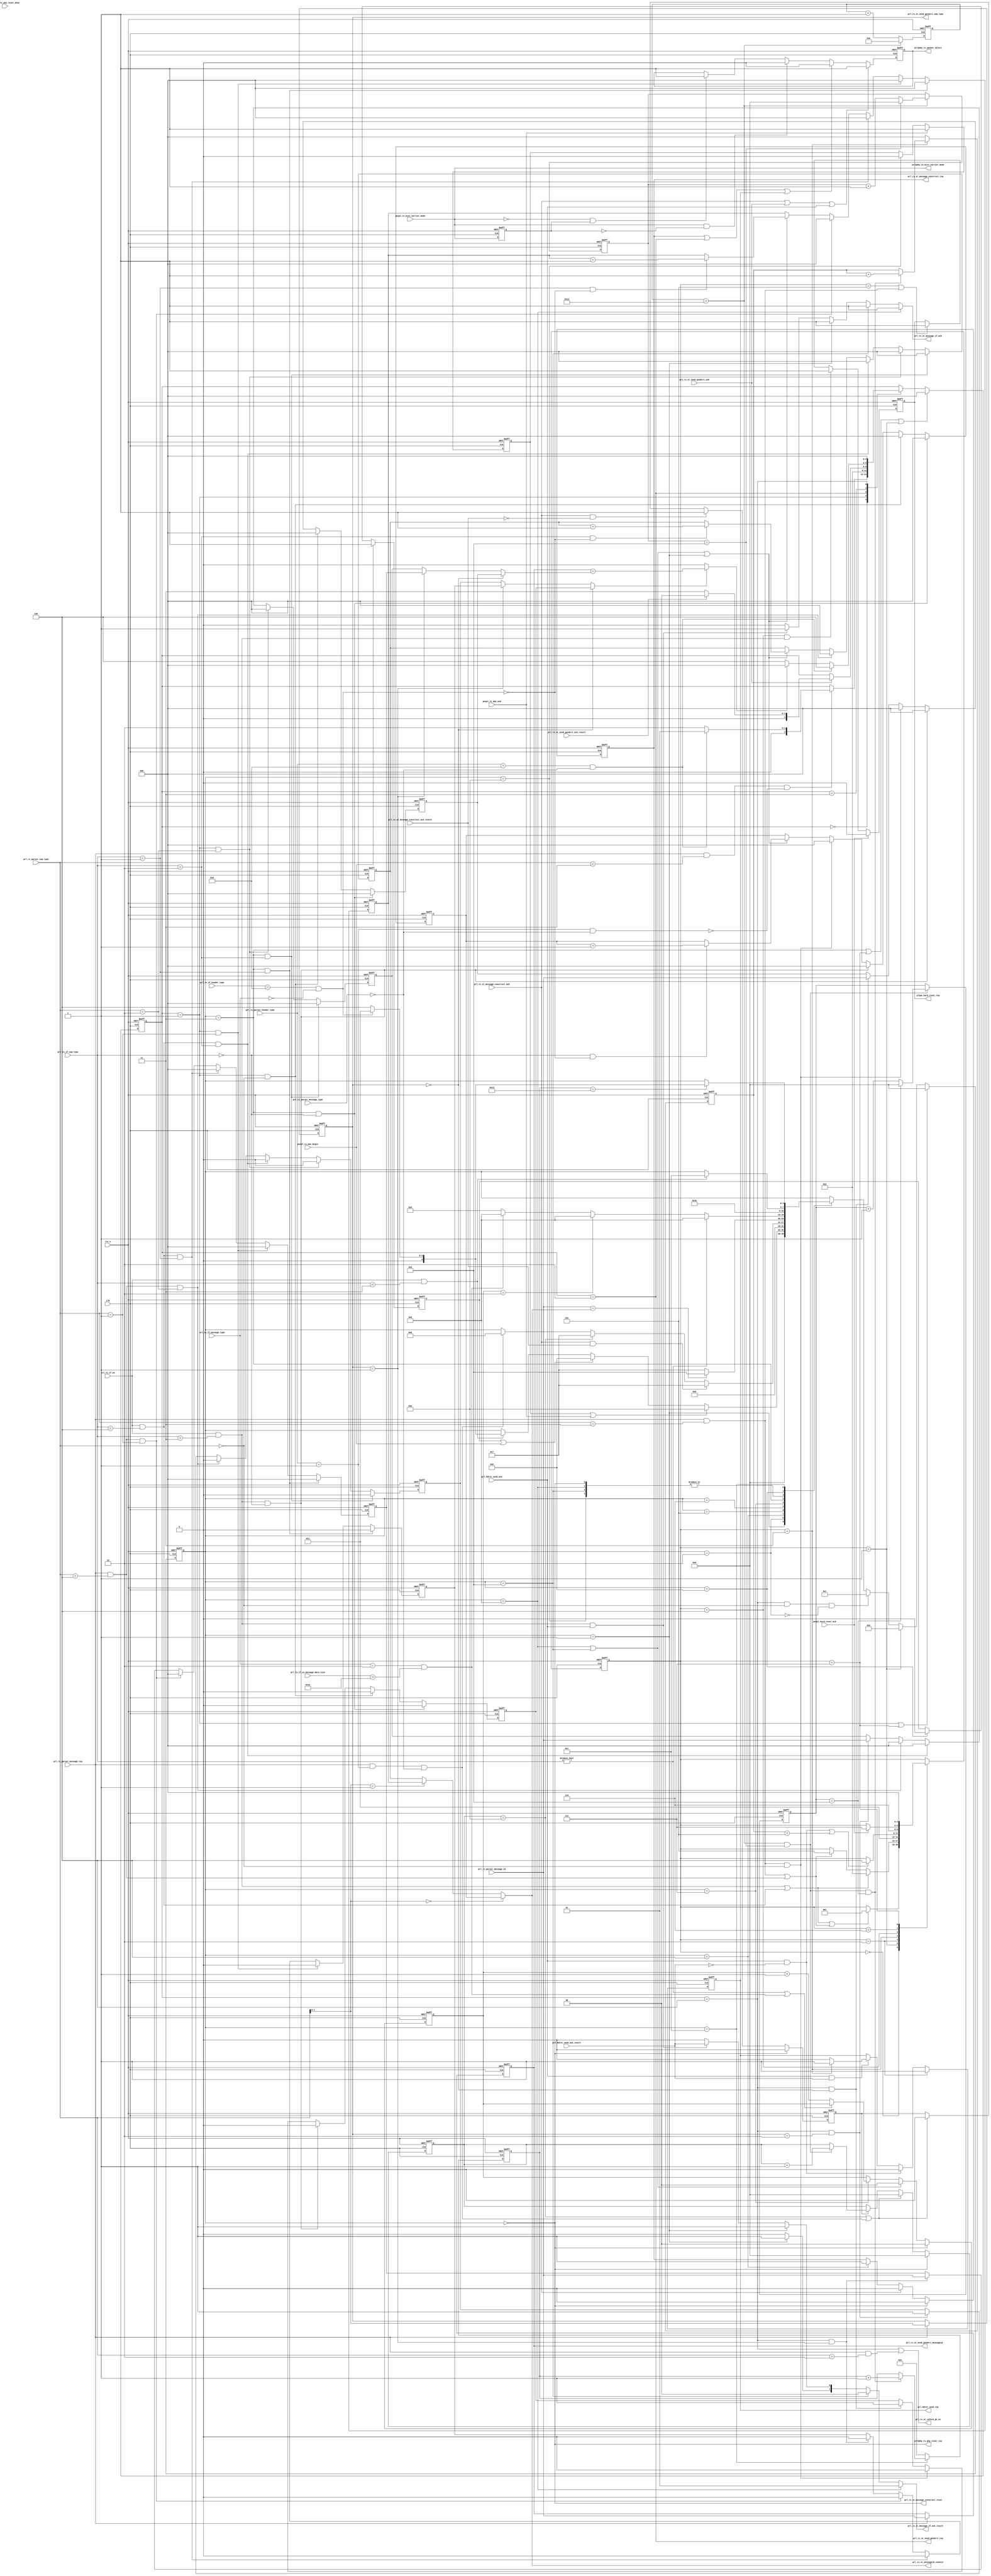
module prl_ctl_state_machine(
    clk,
    rst_n,

    pe2pl_tx_ams_begin,
    pe2pl_tx_ams_end,
    
    pe2pl_tx_bist_carrier_mode,

    prl2phy_tx_phy_reset_req,
    phy2prl_tx_phy_reset_done,

    prl2phy_rx_packet_select,
    prl2phy_tx_bist_carrier_mode,

    //pe&pl reset handshake
    pl2pe_hard_reset_req,

    pe2pl_hard_reset_ack,

    //prl rx st & rx if signal 
    prl_rx_st_inform_pe_en,

    //rx parser message signal
    prl_rx_parser_message_req,
    //prl_rx_parser_message_result,
    prl_rx_parser_message_type,
    prl_rx_parser_sop_type,
    prl_rx_parser_header_type,
    prl_rx_parser_message_id,

    //prl tx st construct signal
    prl_tx_st_message_construct_reset,
    prl_tx_st_message_construct_req,
    prl_tx_st_messageid_counter,
    prl_tx_st_message_construct_ack,
    prl_tx_st_message_construct_ack_result,

    prl_tx_st_message_if_ack,
    prl_tx_st_message_if_ack_result,

    //prl tx if signal
    prl_tx_if_en,
    prl_tx_if_sop_type,
    prl_tx_if_message_type,
    prl_tx_if_header_type,
    prl_tx_if_ex_message_data_size,

    //prl rx construct signal
    prl_rx_st_send_goodcrc_req,
    prl_rx_st_send_goodcrc_sop_type,
    prl_rx_st_send_goodcrc_messageid,
    prl_rx_st_send_goodcrc_ack,
    prl_rx_st_send_goodcrc_ack_result,

    //prl hdrst construct signal
    prl_hdrst_send_req,
    prl_hdrst_send_ack,
    prl_hdrst_send_ack_result

);

parameter          TIME_SCALE_FLAG =  0;  //0:1.2M  1:2.4M 2:4.8M

input              clk;
input              rst_n;

input              pe2pl_tx_bist_carrier_mode;

input              pe2pl_tx_ams_begin;
input              pe2pl_tx_ams_end;

input              phy2prl_tx_phy_reset_done;
output             prl2phy_tx_phy_reset_req;

output             prl2phy_rx_packet_select;
output             prl2phy_tx_bist_carrier_mode;

//pe&pl reset handshake
output             pl2pe_hard_reset_req;
input              pe2pl_hard_reset_ack;

//prl rx st & rx if signal 
output             prl_rx_st_inform_pe_en;

//prl_tx_if signal
input              prl_tx_if_en;
input    [ 2:0]    prl_tx_if_sop_type;
input    [ 1:0]    prl_tx_if_message_type;
input    [ 4:0]    prl_tx_if_header_type;
input    [ 8:0]    prl_tx_if_ex_message_data_size;

output             prl_tx_st_message_if_ack;
output   [ 1:0]    prl_tx_st_message_if_ack_result;

//prl rx parser signal
input              prl_rx_parser_message_req;
//input    [ 2:0]    prl_rx_parser_message_result;
input    [ 1:0]    prl_rx_parser_message_type;
input    [ 2:0]    prl_rx_parser_sop_type;
input    [ 4:0]    prl_rx_parser_header_type;
input    [ 2:0]    prl_rx_parser_message_id;

//prl tx st signal
output             prl_tx_st_message_construct_reset;
output             prl_tx_st_message_construct_req;
output   [ 2:0]    prl_tx_st_messageid_counter;
input              prl_tx_st_message_construct_ack;
input              prl_tx_st_message_construct_ack_result;


//prl rx construct signal
output             prl_rx_st_send_goodcrc_req;
output   [ 1:0]    prl_rx_st_send_goodcrc_sop_type;
output   [ 2:0]    prl_rx_st_send_goodcrc_messageid;
input              prl_rx_st_send_goodcrc_ack;
input              prl_rx_st_send_goodcrc_ack_result;


//prl hdrst construct signal
output             prl_hdrst_send_req;
input              prl_hdrst_send_ack;
input              prl_hdrst_send_ack_result;









localparam PRL_TX_PHY_LAYER_RESET                  = 4'h0;
localparam PRL_TX_DISCARD_MESSAGE                  = 4'h1;
localparam PRL_TX_WAIT_FOR_MESSAGE_REQUEST         = 4'h2;
localparam PRL_TX_LAYER_RESET_FOR_TRANSMIT         = 4'h3;
localparam PRL_TX_CONSTRUCT_MESSAGE                = 4'h4;
localparam PRL_TX_WAIT_FOR_PHY_RESPONSE            = 4'h5;
localparam PRL_TX_MATCH_MESSAGEID                  = 4'h6;
localparam PRL_TX_CHECK_RETRYCOUNTER               = 4'h7;
localparam PRL_TX_TRANSMISSION_ERROR               = 4'h8;
localparam PRL_TX_MESSAGE_SENT                     = 4'h9;
localparam PRL_TX_SRC_SINK_TX                      = 4'ha;
localparam PRL_TX_SRC_SOURCE_TX                    = 4'hb;
localparam PRL_TX_SRC_PENDING                      = 4'hc;

localparam PRL_RX_WAIT_FOR_PHY_MESSAGE             = 3'h0;
localparam PRL_RX_LAYER_RESET_FOR_RECEIVE          = 3'h1;
localparam PRL_RX_SEND_GOODCRC                     = 3'h2;
localparam PRL_RX_CHECK_MESSAGEID                  = 3'h3;
localparam PRL_RX_STORE_MESSAGEID                  = 3'h4;

localparam PRL_HR_IDLE                             = 3'h0;
localparam PRL_HR_RESET_LAYER                      = 3'h1;
localparam PRL_HR_REQUEST_HARD_RESET               = 3'h2;
localparam PRL_HR_WAIT_FOR_PHY_HARD_RESET_COMPLETE = 3'h3;
localparam PRL_HR_PHY_HARD_RESET_REQUEST           = 3'h4;
localparam PRL_HR_INDICATE_HARD_RESET              = 3'h5;
localparam PRL_HR_WAIT_FOR_PE_HARD_RESET_COMPLETE  = 3'h6;
localparam PRL_HR_PE_HARD_RESET_COMPLETE           = 3'h7;

//timer paremeter
localparam T_RECIVE           = 4'd10;            //tRecive 1ms
localparam T_SINKTX           = 5'd18;            //tSinkTx 18ms
localparam T_HDRSTCOMPLETE    = 3'd5;             //tHardresetComplete 5ms


//counter paremeter
localparam N_RRYCOUNTER       = 2'd2;             //retry counter 2

//Protocol Layer Timer and Counter

reg      [ 2:0]    prl_tx_messageid_counter_sop;
reg      [ 2:0]    prl_tx_messageid_counter_sopp;
reg      [ 2:0]    prl_tx_messageid_counter_soppp;

reg      [ 1:0]    prl_tx_message_retrycounter;
wire               prl_tx_message_retrycounter_add;

reg                prl_rx_messageid_counter_sop_valid;
reg                prl_rx_messageid_counter_sopp_valid;
reg                prl_rx_messageid_counter_soppp_valid;

reg      [ 2:0]    prl_rx_messageid_counter_sop;
reg      [ 2:0]    prl_rx_messageid_counter_sopp;
reg      [ 2:0]    prl_rx_messageid_counter_soppp;


reg                pl2pe_hard_reset_req;

reg                prl2phy_rx_packet_select;

reg                prl_tx_st_message_if_ack;
reg      [ 1:0]    prl_tx_st_message_if_ack_result;

reg                prl_hdrst_send_req;

//Protocol Layer Message transmission Signal
reg      [ 3:0]    prl_tx_cur_st;
reg      [ 3:0]    prl_tx_nxt_st;

wire               prl_tx_st_is_phy_layer_reset;
wire               prl_tx_st_is_discard_message;
wire               prl_tx_st_is_wait_for_message_request;
wire               prl_tx_st_is_layer_reset_for_transmit;
wire               prl_tx_st_is_construct_message;
wire               prl_tx_st_is_wait_for_phy_response;
wire               prl_tx_st_is_match_messageid;
wire               prl_tx_st_is_check_retrycounter;
wire               prl_tx_st_is_transmission_error;
wire               prl_tx_st_is_message_sent;
wire               prl_tx_st_is_src_sink_tx;
wire               prl_tx_st_is_src_source_tx;
wire               prl_tx_st_is_src_pending;

wire               prl_tx_st_phy_reset_req;
wire               prl_tx_st_phy_reset_done;

reg                prl_tx_st_bist;
wire               prl_tx_st_bist_enter;
wire               prl_tx_st_bist_exit;

reg                prl_tx_st_ams_begin_keep;
wire               prl_tx_st_ams_begin;
reg                prl_tx_st_ams_end_keep;
wire               prl_tx_st_ams_end;
wire               prl_tx_st_message_req;
wire               prl_tx_st_message_type_is_soft;

reg                prl_tx_st_message_construct_req;
wire               prl_tx_st_message_construct_ack;
wire               prl_tx_st_message_construct_ack_result;

reg                prl_tx_st_crcreceive_timer_en;
reg      [ 3:0]    prl_tx_st_crcreceive_timer;
wire               prl_tx_st_rec_crc_timeout;
wire               prl_tx_st_rec_goodcrc;

wire     [ 2:0]    prl_tx_st_messageid_counter;
wire               prl_tx_st_messageid_is_match;
wire     [ 3:0]    prl_tx_st_rec_messageid;
wire     [ 1:0]    prl_tx_st_rec_messageid_sop_type;

wire               prl_tx_st_check_retry_cable_plug;
wire               prl_tx_st_check_retry_check_retrycounter;
wire               prl_tx_st_check_retry_big_ex_message;

wire               prl_tx_st_rx_st_store_messageid;
wire               prl_tx_st_rx_message_is_sop;

wire               prl_tx_st_rx_rec_soft_reset;
wire               prl_tx_st_exit_form_hardreset;

wire               prl_tx_st_sinker_timer_done;
reg     [ 4:0]     prl_tx_st_sinker_timer;

wire               prl_tx_st_need_reset;

//Protocol Layer Message recepiton Signal
reg     [ 2:0]     prl_rx_cur_st;
reg     [ 2:0]     prl_rx_nxt_st;

wire               prl_rx_st_is_wait_for_phy_message;
wire               prl_rx_st_is_layer_reset_for_receive;
wire               prl_rx_st_is_send_goodcrc;
wire               prl_rx_st_is_check_messageid;
wire               prl_rx_st_is_store_messageid;

wire               prl_rx_st_enter_send_goodcrc;
wire               prl_rx_st_exit_send_goodcrc;

wire               prl_rx_st_rec_message_en;
wire               prl_rx_st_rec_message_is_soft_reset;

wire               prl_rx_st_tx_send_soft_reset;
wire               prl_rx_st_exit_form_hardreset;

wire               prl_rx_st_send_goodcrc_req;
wire               prl_rx_st_send_goodcrc_ack;
wire               prl_rx_st_send_goodcrc_ack_result;

wire               prl_rx_st_messageid_match;
wire               prl_rx_st_messageid_counter_valid;
wire     [ 2:0]    prl_rx_st_messageid_counter;
reg      [ 2:0]    prl_rx_st_rec_messageid;
reg      [ 1:0]    prl_rx_st_message_sop_type;


//Protocol Layer Message hard/cable reset Signal
reg      [ 2:0]    prl_hdrst_cur_st;
reg      [ 2:0]    prl_hdrst_nxt_st;

wire               prl_hdrst_st_is_reset_layer;
wire               prl_hdrst_st_is_request_hard_reset;
wire               prl_hdrst_st_is_wait_for_phy_hard_reset_complete;
wire               prl_hdrst_st_is_phy_hard_reset_request;
wire               prl_hdrst_st_is_indicate_hard_reset;
wire               prl_hdrst_st_is_wait_for_pe_hard_reset_complete;
wire               prl_hdrst_st_is_pe_hard_reset_complete;

wire               prl_hdrst_st_hard_reset_from_pe;
wire               prl_hdrst_st_cable_reset_from_pe;
wire               prl_hdrst_st_hard_reset_rec_by_phy;
wire               prl_hdrst_st_cable_reset_rec_by_phy;

wire               prl_hdrst_st_reset_from_pe;
wire               prl_hdrst_st_reset_rec_by_phy;

wire               prl_hdrst_st_reset_complete_by_phy;
reg      [ 2:0]    prl_hdrst_st_hardreset_complete_timer;
wire               prl_hdrst_st_reset_rec_phy_timeout;

wire               prl_hdrst_st_reset_req_to_pe;
wire               prl_hdrst_st_reset_complete_by_pe;

reg                prl_hdrst_st_reset_timeout_keep;
reg                prl_hdrst_st_reset_complete_by_phy_keep;

//time scale 
reg      [ 5:0]    prl_time_scale_cnt_10us;
reg      [ 3:0]    prl_time_scale_cnt_100us;
reg      [ 3:0]    prl_time_scale_cnt_1ms;
wire               prl_time_scale_10us;
wire               prl_time_scale_100us;
wire               prl_time_scale_1ms;

//========================================================================================
//========================================================================================
//               Protocol Layer Message transmission State Machine
//========================================================================================
//========================================================================================

always @(posedge clk or negedge rst_n) begin
       if(!rst_n) begin
              prl_tx_cur_st <= PRL_TX_WAIT_FOR_MESSAGE_REQUEST;
       end
       else if(prl_tx_st_rx_rec_soft_reset || prl_tx_st_exit_form_hardreset) begin
              prl_tx_cur_st <= PRL_TX_PHY_LAYER_RESET;
       end
       else if(prl_hdrst_st_is_reset_layer) begin
              prl_tx_cur_st <= PRL_TX_WAIT_FOR_MESSAGE_REQUEST;
       end
       else if(prl_tx_st_rx_st_store_messageid && prl_tx_st_rx_message_is_sop && !prl_tx_st_is_wait_for_message_request) begin
              prl_tx_cur_st <= PRL_TX_DISCARD_MESSAGE;
       end
       else begin
              prl_tx_cur_st <= prl_tx_nxt_st;
       end
end

assign prl_tx_st_is_phy_layer_reset              =  (prl_tx_cur_st == PRL_TX_PHY_LAYER_RESET         );
assign prl_tx_st_is_discard_message              =  (prl_tx_cur_st == PRL_TX_DISCARD_MESSAGE         );
assign prl_tx_st_is_wait_for_message_request     =  (prl_tx_cur_st == PRL_TX_WAIT_FOR_MESSAGE_REQUEST);
assign prl_tx_st_is_layer_reset_for_transmit     =  (prl_tx_cur_st == PRL_TX_LAYER_RESET_FOR_TRANSMIT);
assign prl_tx_st_is_construct_message            =  (prl_tx_cur_st == PRL_TX_CONSTRUCT_MESSAGE       );
assign prl_tx_st_is_wait_for_phy_response        =  (prl_tx_cur_st == PRL_TX_WAIT_FOR_PHY_RESPONSE   );
assign prl_tx_st_is_match_messageid              =  (prl_tx_cur_st == PRL_TX_MATCH_MESSAGEID         );
assign prl_tx_st_is_check_retrycounter           =  (prl_tx_cur_st == PRL_TX_CHECK_RETRYCOUNTER      );
assign prl_tx_st_is_transmission_error           =  (prl_tx_cur_st == PRL_TX_TRANSMISSION_ERROR      );
assign prl_tx_st_is_message_sent                 =  (prl_tx_cur_st == PRL_TX_MESSAGE_SENT            );
assign prl_tx_st_is_src_sink_tx                  =  (prl_tx_cur_st == PRL_TX_SRC_SINK_TX             );
assign prl_tx_st_is_src_source_tx                =  (prl_tx_cur_st == PRL_TX_SRC_SOURCE_TX           );
assign prl_tx_st_is_src_pending                  =  (prl_tx_cur_st == PRL_TX_SRC_PENDING             );                


always @(*) begin
        prl_tx_nxt_st = prl_tx_cur_st;

        case(prl_tx_cur_st)
          PRL_TX_DISCARD_MESSAGE: begin
                   prl_tx_nxt_st = PRL_TX_PHY_LAYER_RESET;
          end
          PRL_TX_PHY_LAYER_RESET: begin
                //if(prl_tx_st_phy_reset_done) begin
                   prl_tx_nxt_st = PRL_TX_WAIT_FOR_MESSAGE_REQUEST;
                //end
          end
          PRL_TX_WAIT_FOR_MESSAGE_REQUEST: begin
                if(prl_tx_st_ams_end_keep || prl_tx_st_ams_end) begin
                      prl_tx_nxt_st = PRL_TX_SRC_SINK_TX;
                end
                else if(prl_tx_st_ams_begin_keep || prl_tx_st_ams_begin) begin
                      prl_tx_nxt_st = PRL_TX_SRC_SOURCE_TX;
                end
                else if(prl_tx_st_message_req) begin
                   if(prl_tx_st_message_type_is_soft) begin  //message is soft message
                      prl_tx_nxt_st = PRL_TX_LAYER_RESET_FOR_TRANSMIT;
                   end
	           else begin
                      prl_tx_nxt_st = PRL_TX_CONSTRUCT_MESSAGE;
                   end
                end
          end
          PRL_TX_CONSTRUCT_MESSAGE: begin
                prl_tx_nxt_st = PRL_TX_WAIT_FOR_PHY_RESPONSE;
          end
          PRL_TX_WAIT_FOR_PHY_RESPONSE: begin
                if(prl_tx_st_message_construct_ack && prl_tx_st_message_construct_ack_result) begin   //cc is not idle, message send failure
                      prl_tx_nxt_st = PRL_TX_CHECK_RETRYCOUNTER;
                end
                else if(prl_tx_st_rec_crc_timeout) begin //CRCReceiveTimer timeout
                      prl_tx_nxt_st = PRL_TX_CHECK_RETRYCOUNTER;
                end
                else if(prl_tx_st_rec_goodcrc) begin //GoodCRC Receive
                      prl_tx_nxt_st = PRL_TX_MATCH_MESSAGEID;
                end
          end
          PRL_TX_MATCH_MESSAGEID: begin
                if(prl_tx_st_messageid_is_match) begin
                   prl_tx_nxt_st = PRL_TX_MESSAGE_SENT;
                end
                else begin
                   prl_tx_nxt_st = PRL_TX_CHECK_RETRYCOUNTER;
                end
          end
          PRL_TX_MESSAGE_SENT: begin
                prl_tx_nxt_st = PRL_TX_WAIT_FOR_MESSAGE_REQUEST;
          end
          PRL_TX_CHECK_RETRYCOUNTER: begin
                if(prl_tx_st_check_retry_cable_plug) begin
                      prl_tx_nxt_st = PRL_TX_TRANSMISSION_ERROR;
                end
                else if(prl_tx_st_check_retry_check_retrycounter) begin
                      prl_tx_nxt_st = PRL_TX_TRANSMISSION_ERROR;
                end
                else if(prl_tx_st_check_retry_big_ex_message) begin
                      prl_tx_nxt_st = PRL_TX_TRANSMISSION_ERROR;
                end
	        else begin
                      prl_tx_nxt_st = PRL_TX_CONSTRUCT_MESSAGE;
                end
          end
          PRL_TX_TRANSMISSION_ERROR: begin
                prl_tx_nxt_st = PRL_TX_WAIT_FOR_MESSAGE_REQUEST;
          end
          PRL_TX_LAYER_RESET_FOR_TRANSMIT: begin
                prl_tx_nxt_st = PRL_TX_CONSTRUCT_MESSAGE;
          end
          PRL_TX_SRC_SINK_TX: begin
                prl_tx_nxt_st = PRL_TX_WAIT_FOR_MESSAGE_REQUEST;
          end
          PRL_TX_SRC_SOURCE_TX: begin
                if(prl_tx_st_message_req) begin
                   prl_tx_nxt_st = PRL_TX_SRC_PENDING;
                end
          end
          PRL_TX_SRC_PENDING: begin
                if(prl_tx_st_sinker_timer_done) begin
                   if(prl_tx_st_message_type_is_soft) begin  //message is soft message
                      prl_tx_nxt_st = PRL_TX_LAYER_RESET_FOR_TRANSMIT;
                   end
	           else begin
                      prl_tx_nxt_st = PRL_TX_CONSTRUCT_MESSAGE;
                   end
                end
          end
	  default;
        endcase
end

//========================================================================================
//========================================================================================
//               PRL Tx Message Control Signal Generate
//========================================================================================
//========================================================================================

//Tx need reset
assign  prl_tx_st_need_reset                          = prl_tx_st_is_phy_layer_reset;
assign  prl_tx_st_message_construct_reset             = prl_tx_st_need_reset;

//Tx requeset phy reset
assign  prl_tx_st_phy_reset_req          = prl_tx_st_is_phy_layer_reset;
assign  prl_tx_st_phy_reset_done         = phy2prl_tx_phy_reset_done;
assign  prl2phy_tx_phy_reset_req         = prl_tx_st_phy_reset_req;


//Tx message transmission requeset
assign  prl_tx_st_message_req            = prl_tx_if_en && (prl_tx_if_sop_type < 3'h3);
assign  prl_tx_st_message_type_is_soft   = (prl_tx_if_header_type == 5'b0_1101) && (prl_tx_if_message_type == 2'h0);

assign  prl_tx_st_rec_messageid_sop_type = prl_rx_parser_sop_type;


//rx receive soft reset message or hardreset
assign  prl_tx_st_rx_rec_soft_reset      = prl_rx_st_is_layer_reset_for_receive;
assign  prl_tx_st_exit_form_hardreset    = prl_hdrst_st_is_pe_hard_reset_complete;

//rx receive message sop type
assign  prl_tx_st_rx_message_is_sop      = (prl_rx_parser_sop_type == 3'h0);

//AMS begin&end control
always @(posedge clk or negedge rst_n) begin
       if(!rst_n) begin
              prl_tx_st_ams_end_keep <= 1'h0;
       end
       else if(pe2pl_tx_ams_end) begin
              prl_tx_st_ams_end_keep <= 1'h1;
       end
       else if(prl_tx_st_is_src_sink_tx) begin
              prl_tx_st_ams_end_keep <= 1'h0;
       end
end

assign  prl_tx_st_ams_end        = pe2pl_tx_ams_end;

always @(posedge clk or negedge rst_n) begin
       if(!rst_n) begin
              prl_tx_st_ams_begin_keep <= 1'h0;
       end
       else if(pe2pl_tx_ams_begin) begin
              prl_tx_st_ams_begin_keep <= 1'h1;
       end
       else if(prl_tx_st_is_src_source_tx) begin
              prl_tx_st_ams_begin_keep <= 1'h0;
       end
end

assign  prl_tx_st_ams_begin      = pe2pl_tx_ams_begin;
//Tx message construct control
always @(posedge clk or negedge rst_n) begin
       if(!rst_n) begin
              prl_tx_st_message_construct_req <= 1'h0;
       end
       else if(prl_tx_st_need_reset) begin
              prl_tx_st_message_construct_req <= 1'h0;
       end
       else if(prl_tx_st_message_construct_ack) begin
              prl_tx_st_message_construct_req <= 1'h0;
       end
       else if(prl_tx_st_is_construct_message) begin
              prl_tx_st_message_construct_req <= 1'h1;
       end
end

//Tx phy respond & crcrecive timer control
always @(posedge clk or negedge rst_n) begin
       if(!rst_n) begin
              prl_tx_st_crcreceive_timer_en <= 1'h0;
       end
       else if(prl_tx_st_need_reset) begin
              prl_tx_st_crcreceive_timer_en <= 1'h0;
       end
       else if(prl_tx_st_message_construct_ack && !prl_tx_st_message_construct_ack_result) begin
              prl_tx_st_crcreceive_timer_en <= 1'h1;
       end
       else if(prl_tx_st_rec_crc_timeout || prl_tx_st_rec_goodcrc) begin
              prl_tx_st_crcreceive_timer_en <= 1'h0;
       end
end

always @(posedge clk or negedge rst_n) begin
       if(!rst_n) begin
              prl_tx_st_crcreceive_timer <= 4'h0;
       end
       else if(prl_tx_st_need_reset) begin
              prl_tx_st_crcreceive_timer <= 4'h0;
       end
       else if(prl_tx_st_rec_crc_timeout || prl_tx_st_rec_goodcrc) begin
              prl_tx_st_crcreceive_timer <= 4'h0;
       end
       else if(prl_tx_st_crcreceive_timer_en) begin
           if(prl_time_scale_100us) begin
              prl_tx_st_crcreceive_timer <= prl_tx_st_crcreceive_timer + 1'h1;
           end
       end
end

assign  prl_tx_st_rec_crc_timeout = (prl_tx_st_crcreceive_timer == T_RECIVE); 

assign  prl_tx_st_rec_goodcrc     = prl_rx_parser_message_req && (prl_rx_parser_header_type == 5'b0_0001) && (prl_rx_parser_message_type == 2'h0);

//Tx messageid counter 

always @(posedge clk or negedge rst_n) begin
       if(!rst_n) begin
              prl_tx_messageid_counter_sop         <= 3'h0;
              prl_rx_messageid_counter_sop_valid   <= 1'h0;
              prl_rx_messageid_counter_sop         <= 3'h0;
       end
       else if(prl_tx_st_is_layer_reset_for_transmit && (prl_tx_if_sop_type == 3'h0)) begin
              prl_tx_messageid_counter_sop         <= 3'h0;
              prl_rx_messageid_counter_sop_valid   <= 1'h0;
              prl_rx_messageid_counter_sop         <= 3'h0;
       end
       else if(prl_rx_st_is_layer_reset_for_receive &&  (prl_rx_parser_sop_type == 3'h0)) begin
              prl_tx_messageid_counter_sop         <= 3'h0;
              prl_rx_messageid_counter_sop_valid   <= 1'h0;
              prl_rx_messageid_counter_sop         <= 3'h0;
       end
       else if(prl_hdrst_st_hard_reset_from_pe && (prl_tx_if_sop_type == 3'h0)) begin
              prl_tx_messageid_counter_sop         <= 3'h0;
              prl_rx_messageid_counter_sop_valid   <= 1'h0;
              prl_rx_messageid_counter_sop         <= 3'h0;
       end
       else if(prl_hdrst_st_hard_reset_rec_by_phy && (prl_rx_parser_sop_type == 3'h0)) begin
              prl_tx_messageid_counter_sop         <= 3'h0;
              prl_rx_messageid_counter_sop_valid   <= 1'h0;
              prl_rx_messageid_counter_sop         <= 3'h0;
       end
       else begin
           if(prl_tx_st_is_transmission_error || prl_tx_st_is_message_sent || prl_tx_st_is_discard_message) begin
               if(prl_tx_if_sop_type == 3'h0 && !prl_tx_st_message_type_is_soft) begin
                  prl_tx_messageid_counter_sop         <= prl_tx_messageid_counter_sop + 1'h1;
               end
           end

          if((prl_rx_st_is_store_messageid) && (prl_rx_st_message_sop_type == 2'h0)) begin
                  prl_rx_messageid_counter_sop         <= prl_rx_parser_message_id;
                  prl_rx_messageid_counter_sop_valid   <= 1'h1;
          end

       end
end

always @(posedge clk or negedge rst_n) begin
       if(!rst_n) begin
              prl_tx_messageid_counter_sopp         <= 3'h0;
              prl_rx_messageid_counter_sopp         <= 3'h0;
              prl_rx_messageid_counter_sopp_valid   <= 1'h0;
       end
       else if(prl_tx_st_is_layer_reset_for_transmit && (prl_tx_if_sop_type == 3'h1)) begin
              prl_tx_messageid_counter_sopp         <= 3'h0;
              prl_rx_messageid_counter_sopp         <= 3'h0;
              prl_rx_messageid_counter_sopp_valid   <= 1'h0;
       end
       else if(prl_rx_st_is_layer_reset_for_receive &&  (prl_rx_parser_sop_type == 3'h1)) begin
              prl_tx_messageid_counter_sopp         <= 3'h0;
              prl_rx_messageid_counter_sopp         <= 3'h0;
              prl_rx_messageid_counter_sopp_valid   <= 1'h0;
       end
       else if(prl_hdrst_st_cable_reset_from_pe && (prl_tx_if_sop_type == 3'h1)) begin
              prl_tx_messageid_counter_sopp         <= 3'h0;
              prl_rx_messageid_counter_sopp         <= 3'h0;
              prl_rx_messageid_counter_sopp_valid   <= 1'h0;
       end
       else if(prl_hdrst_st_cable_reset_rec_by_phy && (prl_rx_parser_sop_type == 3'h1)) begin
              prl_tx_messageid_counter_sopp         <= 3'h0;
              prl_rx_messageid_counter_sopp         <= 3'h0;
              prl_rx_messageid_counter_sopp_valid   <= 1'h0;
       end
       else begin
           if(prl_tx_st_is_transmission_error || prl_tx_st_is_message_sent || prl_tx_st_is_discard_message) begin
               if(prl_tx_if_sop_type == 3'h1 && !prl_tx_st_message_type_is_soft) begin
                  prl_tx_messageid_counter_sopp <= prl_tx_messageid_counter_sopp + 1'h1;
               end
           end

          if((prl_rx_st_is_store_messageid) && (prl_rx_st_message_sop_type == 2'h1)) begin
              prl_rx_messageid_counter_sopp          <= prl_rx_parser_message_id;
              prl_rx_messageid_counter_sopp_valid    <= 1'h0;
          end

       end
end


always @(posedge clk or negedge rst_n) begin
       if(!rst_n) begin
              prl_tx_messageid_counter_soppp          <= 3'h0;
              prl_rx_messageid_counter_soppp_valid    <= 1'h0;
              prl_rx_messageid_counter_soppp          <= 3'h0;
       end
       else if(prl_tx_st_is_layer_reset_for_transmit && (prl_tx_if_sop_type == 3'h2)) begin
              prl_tx_messageid_counter_soppp          <= 3'h0;
              prl_rx_messageid_counter_soppp_valid    <= 1'h0;
              prl_rx_messageid_counter_soppp          <= 3'h0;
       end
       else if(prl_rx_st_is_layer_reset_for_receive &&  (prl_rx_parser_sop_type == 3'h2)) begin
              prl_tx_messageid_counter_soppp          <= 3'h0;
              prl_rx_messageid_counter_soppp_valid    <= 1'h0;
              prl_rx_messageid_counter_soppp          <= 3'h0;
       end
       else if(prl_hdrst_st_cable_reset_from_pe && (prl_tx_if_sop_type == 3'h2)) begin
              prl_tx_messageid_counter_soppp          <= 3'h0;
              prl_rx_messageid_counter_soppp_valid    <= 1'h0;
              prl_rx_messageid_counter_soppp          <= 3'h0;
       end
       else if(prl_hdrst_st_cable_reset_rec_by_phy && (prl_rx_parser_sop_type == 3'h2)) begin
              prl_tx_messageid_counter_soppp          <= 3'h0;
              prl_rx_messageid_counter_soppp_valid    <= 1'h0;
              prl_rx_messageid_counter_soppp          <= 3'h0;
       end
       else begin
           if(prl_tx_st_is_transmission_error || prl_tx_st_is_message_sent || prl_tx_st_is_discard_message) begin
               if(prl_tx_if_sop_type == 3'h2 && !prl_tx_st_message_type_is_soft) begin
                  prl_tx_messageid_counter_soppp <= prl_tx_messageid_counter_soppp + 1'h1;
               end
           end

          if((prl_rx_st_is_store_messageid) && (prl_rx_st_message_sop_type == 2'h2)) begin
              prl_rx_messageid_counter_soppp_valid      <= 1'h1;
              prl_rx_messageid_counter_soppp            <= prl_rx_parser_message_id;
          end

       end
end




//Tx messageid compare 
assign  prl_tx_st_messageid_counter = (prl_tx_st_rec_messageid_sop_type == 2'h0) ? prl_tx_messageid_counter_sop   :
                                      (prl_tx_st_rec_messageid_sop_type == 2'h1) ? prl_tx_messageid_counter_sopp  :
	                                                                           prl_tx_messageid_counter_soppp ; 

assign  prl_tx_st_messageid_is_match = (prl_tx_st_rec_messageid == prl_tx_st_messageid_counter) ; 
assign  prl_tx_st_rec_messageid      = prl_rx_parser_message_id;

//Tx messageid retry check 
assign  prl_tx_st_check_retry_cable_plug         = (prl_tx_if_sop_type != 2'h0); 
assign  prl_tx_st_check_retry_check_retrycounter = (prl_tx_message_retrycounter == N_RRYCOUNTER); 
assign  prl_tx_st_check_retry_big_ex_message     = (prl_tx_if_message_type == 2'h2) && (prl_tx_if_ex_message_data_size > 9'd26); 

assign  prl_tx_message_retrycounter_add          = !(prl_tx_st_check_retry_cable_plug  || prl_tx_st_check_retry_big_ex_message);

always @(posedge clk or negedge rst_n) begin
       if(!rst_n) begin
              prl_tx_message_retrycounter <= 2'h0;
       end
       else if(prl_tx_st_need_reset) begin
              prl_tx_message_retrycounter <= 2'h0;
       end
       else if(prl_tx_st_is_transmission_error || prl_tx_st_is_message_sent) begin
              prl_tx_message_retrycounter <= 2'h0;
       end
       else if(prl_tx_st_is_check_retrycounter) begin
           if(prl_tx_message_retrycounter_add) begin
              prl_tx_message_retrycounter <= prl_tx_message_retrycounter + 1'h1;
           end
       end
end

//Tx messageid discard for receive message 
assign  prl_tx_st_rx_st_store_messageid     = prl_rx_st_is_store_messageid; 




//Tx messageid sinker timeout
always @(posedge clk or negedge rst_n) begin
       if(!rst_n) begin
              prl_tx_st_sinker_timer <= 5'h0;
       end
       else if(prl_tx_st_is_src_pending) begin
           if(prl_time_scale_1ms) begin
              prl_tx_st_sinker_timer <= prl_tx_st_sinker_timer + 1'h1;
           end
       end
       else begin
              prl_tx_st_sinker_timer <= 5'h0;
       end
end

assign  prl_tx_st_sinker_timer_done = (prl_tx_st_sinker_timer == T_SINKTX); 



//========================================================================================
//========================================================================================
//               Protocol Layer Message reception State Machine
//========================================================================================
//========================================================================================

always @(posedge clk or negedge rst_n) begin
       if(!rst_n) begin
              prl_rx_cur_st <= PRL_RX_WAIT_FOR_PHY_MESSAGE;
       end
       else if(prl_rx_st_tx_send_soft_reset || prl_rx_st_exit_form_hardreset || prl_hdrst_st_is_reset_layer) begin
              prl_rx_cur_st <= PRL_RX_WAIT_FOR_PHY_MESSAGE;
       end
       else begin
              prl_rx_cur_st <= prl_rx_nxt_st;
       end
end

assign  prl_rx_st_is_wait_for_phy_message        = (prl_rx_cur_st == PRL_RX_WAIT_FOR_PHY_MESSAGE    );
assign  prl_rx_st_is_layer_reset_for_receive     = (prl_rx_cur_st == PRL_RX_LAYER_RESET_FOR_RECEIVE );
assign  prl_rx_st_is_send_goodcrc                = (prl_rx_cur_st == PRL_RX_SEND_GOODCRC            );
assign  prl_rx_st_is_check_messageid             = (prl_rx_cur_st == PRL_RX_CHECK_MESSAGEID         );
assign  prl_rx_st_is_store_messageid             = (prl_rx_cur_st == PRL_RX_STORE_MESSAGEID         );         

always @(*) begin
        prl_rx_nxt_st = prl_rx_cur_st;

        case(prl_rx_cur_st)
          PRL_RX_WAIT_FOR_PHY_MESSAGE: begin
               if(prl_rx_st_rec_message_en) begin
                  if(prl_rx_st_rec_message_is_soft_reset) begin  //receive message is soft message
                     prl_rx_nxt_st = PRL_RX_LAYER_RESET_FOR_RECEIVE;
                  end
	          else begin
                     prl_rx_nxt_st = PRL_RX_SEND_GOODCRC;
                  end
               end
          end
          PRL_RX_LAYER_RESET_FOR_RECEIVE: begin
               prl_rx_nxt_st = PRL_RX_SEND_GOODCRC;
          end
          PRL_RX_SEND_GOODCRC: begin
               if(prl_rx_st_send_goodcrc_ack) begin
                  if(prl_rx_st_send_goodcrc_ack_result) begin  //cc is not idle, message discard
                     prl_rx_nxt_st = PRL_RX_WAIT_FOR_PHY_MESSAGE;
                  end
	          else begin
                     prl_rx_nxt_st = PRL_RX_CHECK_MESSAGEID;
                  end
               end
          end
          PRL_RX_CHECK_MESSAGEID: begin
               if(prl_rx_st_rec_message_is_soft_reset) begin  
                  prl_rx_nxt_st = PRL_RX_STORE_MESSAGEID;
               end
               else if(prl_rx_st_messageid_match) begin  //message retry
                  prl_rx_nxt_st = PRL_RX_WAIT_FOR_PHY_MESSAGE;
               end
	       else begin
                  prl_rx_nxt_st = PRL_RX_STORE_MESSAGEID;
               end
          end
          PRL_RX_STORE_MESSAGEID: begin
                  prl_rx_nxt_st = PRL_RX_WAIT_FOR_PHY_MESSAGE;
          end
	  default;
        endcase
end

//========================================================================================
//========================================================================================
//               PRL Rx Message Control Signal Generate
//========================================================================================
//========================================================================================
//
assign  prl_rx_st_rec_message_en               = prl_rx_parser_message_req && (prl_rx_parser_sop_type < 3'h3) && 
	                                         !((prl_rx_parser_header_type == 5'b0_0001) && (prl_rx_parser_message_type == 2'h0)); 
assign  prl_rx_st_rec_message_is_soft_reset    = (prl_rx_parser_header_type == 5'b0_1101) && (prl_rx_parser_message_type == 2'h0); 

assign  prl_rx_st_tx_send_soft_reset           = prl_tx_st_is_layer_reset_for_transmit;
assign  prl_rx_st_exit_form_hardreset          = prl_hdrst_st_is_pe_hard_reset_complete;

assign  prl_rx_st_send_goodcrc_req        = prl_rx_st_is_send_goodcrc; 
assign  prl_rx_st_send_goodcrc_sop_type   = prl_rx_st_message_sop_type; 
assign  prl_rx_st_send_goodcrc_messageid  = prl_rx_st_rec_messageid; 

assign  prl_rx_st_inform_pe_en      = prl_rx_st_is_store_messageid || (prl_rx_parser_message_req && (prl_rx_parser_sop_type > 3'h2)); 

//Rx messageid compare 
always @(posedge clk or negedge rst_n) begin
       if(!rst_n) begin
              prl_rx_st_message_sop_type <= 2'h0;
              prl_rx_st_rec_messageid    <= 3'h0;
       end
       else if(prl_rx_parser_message_req) begin
              prl_rx_st_message_sop_type <= prl_rx_parser_sop_type[1:0];
              prl_rx_st_rec_messageid    <= prl_rx_parser_message_id;
       end
end

assign  prl_rx_st_messageid_counter_valid = (prl_rx_st_message_sop_type == 2'h0) ? prl_rx_messageid_counter_sop_valid   :
                                            (prl_rx_st_message_sop_type == 2'h1) ? prl_rx_messageid_counter_sopp_valid  :
	                                                                           prl_rx_messageid_counter_soppp_valid ; 

assign  prl_rx_st_messageid_counter = (prl_rx_st_message_sop_type == 2'h0) ? prl_rx_messageid_counter_sop   :
                                      (prl_rx_st_message_sop_type == 2'h1) ? prl_rx_messageid_counter_sopp  :
	                                                                     prl_rx_messageid_counter_soppp ; 

assign  prl_rx_st_messageid_match   = prl_rx_st_messageid_counter_valid ? (prl_rx_st_rec_messageid == prl_rx_st_messageid_counter) : 1'b0; 

//========================================================================================
//========================================================================================
//               Protocol Layer Message Hardreset State Machine
//========================================================================================
//========================================================================================

always @(posedge clk or negedge rst_n) begin
       if(!rst_n) begin
              prl_hdrst_cur_st <= PRL_HR_IDLE;
       end
       else begin
              prl_hdrst_cur_st <= prl_hdrst_nxt_st;
       end
end

assign      prl_hdrst_st_is_reset_layer                        =  (prl_hdrst_cur_st == PRL_HR_RESET_LAYER                      );
assign      prl_hdrst_st_is_request_hard_reset                 =  (prl_hdrst_cur_st == PRL_HR_REQUEST_HARD_RESET               );
assign      prl_hdrst_st_is_wait_for_phy_hard_reset_complete   =  (prl_hdrst_cur_st == PRL_HR_WAIT_FOR_PHY_HARD_RESET_COMPLETE );
assign      prl_hdrst_st_is_phy_hard_reset_request             =  (prl_hdrst_cur_st == PRL_HR_PHY_HARD_RESET_REQUEST           );
assign      prl_hdrst_st_is_indicate_hard_reset                =  (prl_hdrst_cur_st == PRL_HR_INDICATE_HARD_RESET              );
assign      prl_hdrst_st_is_wait_for_pe_hard_reset_complete    =  (prl_hdrst_cur_st == PRL_HR_WAIT_FOR_PE_HARD_RESET_COMPLETE  );
assign      prl_hdrst_st_is_pe_hard_reset_complete             =  (prl_hdrst_cur_st == PRL_HR_PE_HARD_RESET_COMPLETE           );


always @(*) begin
        prl_hdrst_nxt_st = prl_hdrst_cur_st;

        case(prl_hdrst_cur_st)
          PRL_HR_IDLE: begin
               if(prl_hdrst_st_reset_from_pe || prl_hdrst_st_reset_rec_by_phy) begin
                     prl_hdrst_nxt_st = PRL_HR_RESET_LAYER;
               end
          end
          PRL_HR_RESET_LAYER: begin
               if(prl_hdrst_st_reset_from_pe) begin
                     prl_hdrst_nxt_st = PRL_HR_REQUEST_HARD_RESET;
               end
               else if(prl_hdrst_st_reset_rec_by_phy) begin
                     prl_hdrst_nxt_st = PRL_HR_INDICATE_HARD_RESET;
               end
          end
          PRL_HR_REQUEST_HARD_RESET: begin
                     prl_hdrst_nxt_st = PRL_HR_WAIT_FOR_PHY_HARD_RESET_COMPLETE;
          end
          PRL_HR_WAIT_FOR_PHY_HARD_RESET_COMPLETE: begin
               if(prl_hdrst_st_reset_complete_by_phy || prl_hdrst_st_reset_rec_phy_timeout) begin  
                     prl_hdrst_nxt_st = PRL_HR_PHY_HARD_RESET_REQUEST;
               end
          end
          PRL_HR_PHY_HARD_RESET_REQUEST: begin
                  prl_hdrst_nxt_st = PRL_HR_WAIT_FOR_PE_HARD_RESET_COMPLETE;
          end
          PRL_HR_WAIT_FOR_PE_HARD_RESET_COMPLETE: begin
               if(prl_hdrst_st_reset_complete_by_pe) begin  
                     prl_hdrst_nxt_st = PRL_HR_PE_HARD_RESET_COMPLETE;
               end
          end
          PRL_HR_PE_HARD_RESET_COMPLETE: begin
                     prl_hdrst_nxt_st = PRL_HR_IDLE;
               //if(prl_hdrst_st_reset_complete_by_phy_keep) begin  
               //      prl_hdrst_nxt_st = PRL_HR_IDLE;
               //end
               //else if(prl_hdrst_st_reset_timeout_keep) begin  
               //   if(prl_hdrst_st_reset_complete_by_phy) begin  
               //      prl_hdrst_nxt_st = PRL_HR_IDLE;
               //   end
               //end
          end
	  default;
        endcase
end

//========================================================================================
//========================================================================================
//               PRL Hard Reset Message Control Signal Generate
//========================================================================================
//========================================================================================
//reset indicate from pe or phy
assign  prl_hdrst_st_hard_reset_from_pe      = prl_tx_if_en && (prl_tx_if_sop_type == 3'h3);
assign  prl_hdrst_st_cable_reset_from_pe     = prl_tx_if_en && (prl_tx_if_sop_type == 3'h4);

assign  prl_hdrst_st_hard_reset_rec_by_phy   = prl_rx_parser_message_req && (prl_rx_parser_sop_type == 3'h3);
assign  prl_hdrst_st_cable_reset_rec_by_phy  = prl_rx_parser_message_req && (prl_rx_parser_sop_type == 3'h4);

assign  prl_hdrst_st_reset_from_pe           = prl_hdrst_st_hard_reset_from_pe || prl_hdrst_st_cable_reset_from_pe;     
assign  prl_hdrst_st_reset_rec_by_phy        = prl_hdrst_st_hard_reset_rec_by_phy || prl_hdrst_st_cable_reset_rec_by_phy;     

assign  prl_hdrst_st_reset_complete_by_phy   = prl_hdrst_send_ack && !prl_hdrst_send_ack_result ;


//hard reset complete timer timeout
always @(posedge clk or negedge rst_n) begin
       if(!rst_n) begin
              prl_hdrst_st_hardreset_complete_timer <= 3'h0;
       end
       else if(prl_hdrst_st_is_wait_for_phy_hard_reset_complete) begin
           if(prl_time_scale_1ms) begin
              prl_hdrst_st_hardreset_complete_timer <= prl_hdrst_st_hardreset_complete_timer + 1'h1;
           end
       end
       else begin
              prl_hdrst_st_hardreset_complete_timer <= 3'h0;
       end
end

assign  prl_hdrst_st_reset_rec_phy_timeout = (prl_hdrst_st_hardreset_complete_timer == T_HDRSTCOMPLETE); 

//hard reset req informed to pe
assign  prl_hdrst_st_reset_req_to_pe      = prl_hdrst_st_is_phy_hard_reset_request;
assign  prl_hdrst_st_reset_complete_by_pe = pe2pl_hard_reset_ack ;


always @(posedge clk or negedge rst_n) begin
       if(!rst_n) begin
              prl_hdrst_st_reset_complete_by_phy_keep <= 1'h0;
              prl_hdrst_st_reset_timeout_keep         <= 1'h0;
       end
       else if(prl_hdrst_st_is_wait_for_phy_hard_reset_complete) begin
           if(prl_hdrst_st_reset_complete_by_phy) begin
              prl_hdrst_st_reset_complete_by_phy_keep <= 1'h1;
           end

           if(prl_hdrst_st_reset_rec_phy_timeout) begin
              prl_hdrst_st_reset_timeout_keep         <= 1'h1;
           end

       end
       else if(prl_hdrst_st_is_indicate_hard_reset) begin
              prl_hdrst_st_reset_complete_by_phy_keep <= 1'h0;
              prl_hdrst_st_reset_timeout_keep         <= 1'h0;
       end
end

//========================================================================================
//========================================================================================
//               PRL Tx Construct Signal Generate
//========================================================================================
//========================================================================================

//========================================================================================
//========================================================================================
//               PRL & PE Control Signal Generate
//========================================================================================
//========================================================================================

//========================================================================================
//========================================================================================
//               PRL TX ST & IF Control Signal Generate
//========================================================================================
//========================================================================================

always @(*) begin
        prl_tx_st_message_if_ack        = 1'b0;
        prl_tx_st_message_if_ack_result = 2'b0;

        if(prl_tx_st_is_transmission_error) begin
             prl_tx_st_message_if_ack        = 1'b1;
             prl_tx_st_message_if_ack_result = 2'h1;
        end
        else if(prl_tx_st_is_message_sent) begin
             prl_tx_st_message_if_ack        = 1'b1;
        end
        else if(prl_tx_st_is_discard_message) begin
             prl_tx_st_message_if_ack        = 1'b1;
             prl_tx_st_message_if_ack_result = 2'h3;
        end
        else if(prl_hdrst_st_hard_reset_from_pe && prl_hdrst_send_ack) begin
             prl_tx_st_message_if_ack        = 1'b1;
             prl_tx_st_message_if_ack_result[0] = prl_hdrst_send_ack_result;
        end

end



//========================================================================================
//========================================================================================
//               PRL RX ST Control Signal Generate
//========================================================================================
//========================================================================================


//========================================================================================
//========================================================================================
//               PRL HD RST Signal Generate
//========================================================================================
//========================================================================================
always @(posedge clk or negedge rst_n) begin
       if(!rst_n) begin
              prl_hdrst_send_req <= 1'h0;
       end
       else if(prl_hdrst_st_is_request_hard_reset) begin
              prl_hdrst_send_req <= 1'h1;
       end
       else if(prl_hdrst_send_ack && !prl_hdrst_send_ack_result ) begin
              prl_hdrst_send_req <= 1'h0;
       end
       else if(prl_hdrst_send_ack && prl_hdrst_send_ack_result) begin
          if(prl_hdrst_st_is_wait_for_phy_hard_reset_complete) begin
              prl_hdrst_send_req <= 1'h1;
          end
	  else begin
              prl_hdrst_send_req <= 1'h0;
          end
       end
end

always @(posedge clk or negedge rst_n) begin
       if(!rst_n) begin
              pl2pe_hard_reset_req <= 1'h0;
       end
       else if(pe2pl_hard_reset_ack) begin
              pl2pe_hard_reset_req <= 1'h0;
       end
       else if(prl_hdrst_st_is_phy_hard_reset_request && prl_hdrst_st_hard_reset_from_pe) begin
              pl2pe_hard_reset_req <= 1'h1;
       end
       else if(prl_hdrst_st_is_indicate_hard_reset || prl_hdrst_st_hard_reset_rec_by_phy) begin
              pl2pe_hard_reset_req <= 1'h1;
       end
end


//========================================================================================
//========================================================================================
//               PRL Control PHY RX Chanel 
//========================================================================================
//========================================================================================
always @(posedge clk or negedge rst_n) begin
       if(!rst_n) begin
              prl2phy_rx_packet_select <= 1'h1;
       end
       else if(prl_tx_st_message_construct_ack || prl_rx_st_send_goodcrc_ack || prl_hdrst_send_ack ) begin
              prl2phy_rx_packet_select <= 1'h1;
       end
       else if(prl_tx_st_message_construct_req || prl_rx_st_send_goodcrc_req || prl_hdrst_send_req ) begin
              prl2phy_rx_packet_select <= 1'h0;
       end
       else if(prl_tx_st_bist_enter ) begin
              prl2phy_rx_packet_select <= 1'h0;
       end
       else if(prl_tx_st_bist_exit ) begin
              prl2phy_rx_packet_select <= 1'h1;
       end
       //else if(prl_rx_st_exit_send_goodcrc ) begin
       //       prl2phy_rx_packet_select <= 1'h1;
       //end
       //else if(prl_tx_st_is_wait_for_phy_response && prl_tx_st_message_construct_ack && !prl_tx_st_message_construct_ack_result) begin
       //       prl2phy_rx_packet_select <= 1'h1;
       //end
       //else if(prl_tx_st_rec_crc_timeout || prl_tx_st_rec_goodcrc) begin
       //       prl2phy_rx_packet_select <= 1'h0;
       //end
end

assign  prl2phy_tx_bist_carrier_mode         =  pe2pl_tx_bist_carrier_mode;

always @(posedge clk or negedge rst_n) begin
       if(!rst_n) begin
              prl_tx_st_bist          <= 1'h0;
       end
       else begin
              prl_tx_st_bist          <= pe2pl_tx_bist_carrier_mode;
       end
end

assign  prl_tx_st_bist_enter         =  pe2pl_tx_bist_carrier_mode && !prl_tx_st_bist;
assign  prl_tx_st_bist_exit          = !pe2pl_tx_bist_carrier_mode &&  prl_tx_st_bist;

assign  prl_rx_st_enter_send_goodcrc = (prl_rx_cur_st != PRL_RX_SEND_GOODCRC) && (prl_rx_nxt_st == PRL_RX_SEND_GOODCRC);
assign  prl_rx_st_exit_send_goodcrc  = (prl_rx_cur_st == PRL_RX_SEND_GOODCRC) && (prl_rx_nxt_st != PRL_RX_SEND_GOODCRC);

//========================================================================================
//========================================================================================
//               PRL Time Scale 
//========================================================================================
//========================================================================================

always @(posedge clk or negedge rst_n) begin
       if(!rst_n) begin
              prl_time_scale_cnt_10us        <= 6'h0;
              prl_time_scale_cnt_100us       <= 4'h0;
              prl_time_scale_cnt_1ms         <= 4'h0;
       end
       else  begin
          if(prl_time_scale_10us) begin
              prl_time_scale_cnt_10us        <= 6'h0;
          end
	  else begin
              prl_time_scale_cnt_10us        <= prl_time_scale_cnt_10us + 1'h1;
          end

          if(prl_time_scale_10us) begin
              if(prl_time_scale_cnt_100us == 4'd9) begin
                  prl_time_scale_cnt_100us        <= 4'h0;
              end
	      else begin
                  prl_time_scale_cnt_100us        <= prl_time_scale_cnt_100us + 1'h1;
              end
          end

          if(prl_time_scale_100us) begin
              if(prl_time_scale_cnt_1ms == 4'd9) begin
                  prl_time_scale_cnt_1ms        <= 4'h0;
              end
	      else begin
                  prl_time_scale_cnt_1ms        <= prl_time_scale_cnt_1ms + 1'h1;
              end
          end

       end
end

assign    prl_time_scale_10us       = 
	                              (TIME_SCALE_FLAG == 0) ? (prl_time_scale_cnt_10us == 6'd19) :
	                              (TIME_SCALE_FLAG == 1) ? (prl_time_scale_cnt_10us == 6'd39) :
	                              (TIME_SCALE_FLAG == 2) ? (prl_time_scale_cnt_10us == 6'd47) : 6'd1;

assign    prl_time_scale_100us      = prl_time_scale_10us  && (prl_time_scale_cnt_100us == 4'd9);
assign    prl_time_scale_1ms        = prl_time_scale_100us && (prl_time_scale_cnt_1ms   == 4'd9);

//assign    prl_time_scale_100us      = prl_time_scale_10us;
//assign    prl_time_scale_1ms        = prl_time_scale_10us;





endmodule